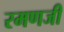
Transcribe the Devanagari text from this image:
रमणजी